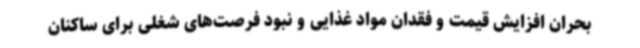
بحران افزایش قیمت و فقدان مواد غذایی و نبود فرصت‌های شغلی برای ساکنان